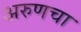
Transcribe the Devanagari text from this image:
अरुणचा